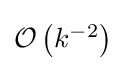
{\textstyle {\mathcal {O}}\left({k^{-2}}\right)}